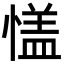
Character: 㦈